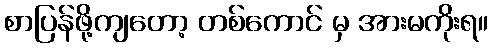
စာပြန်ဖို့ကျတော့ တစ်ကောင် မှ အားမကိုးရ။